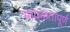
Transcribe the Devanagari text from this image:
भावकतापूर्ण